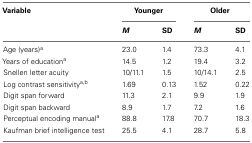
| Variable | <COLSPAN=2> Younger | <COLSPAN=2> Older |
 |  | M | SD | M | SD |
 | --- | --- | --- | --- | --- |
 | Age (years)a | 23.0 | 1.4 | 73.3 | 4.1 |
 | Years of educationa | 14.5 | 1.2 | 19.4 | 3.2 |
 | Snellen letter acuity | 10/11.1 | 1.5 | 10/14.1 | 2.5 |
 | Log contrast sensitivitya,b | 1.69 | 0.13 | 1.52 | 0.22 |
 | Digit span forward | 11.3 | 2.1 | 9.9 | 1.9 |
 | Digit span backward | 8.9 | 1.7 | 7.2 | 1.6 |
 | Perceptual encoding manuala | 88.8 | 17.8 | 70.7 | 18.3 |
 | Kaufman brief intelligence test | 25.5 | 4.1 | 28.7 | 5.8 |